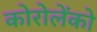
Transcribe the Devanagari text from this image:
कोरोलेंको